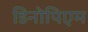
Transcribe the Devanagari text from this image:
डिनोपिएम